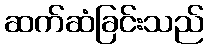
ဆက်ဆံခြင်းသည်